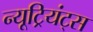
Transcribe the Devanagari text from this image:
न्यूट्रियंट्स